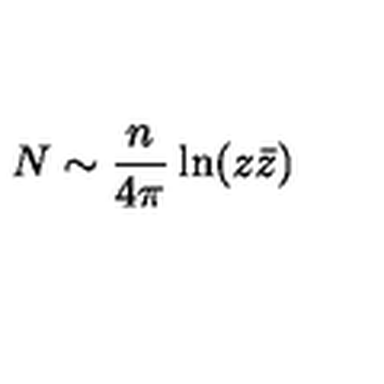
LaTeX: N \sim \frac { n } { 4 \pi } \ln ( z \bar { z } )